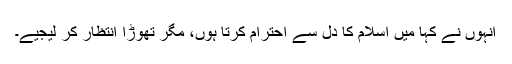
انہوں نے کہا میں اسلام کا دل سے احترام کرتا ہوں، مگر تھوڑا انتظار کر لیجیے۔